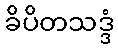
ခိပိတသဒ္ဒံ